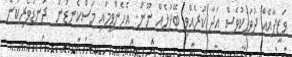
ވަޒީފާއެއް ދުވަހަކުވެސް އަދާ ކުރެއްވި ބޭފުޅެއް ނޫން. އެހެންވީމައި މަސްކެނޑުން  ދަނޑުވެެރިކަން